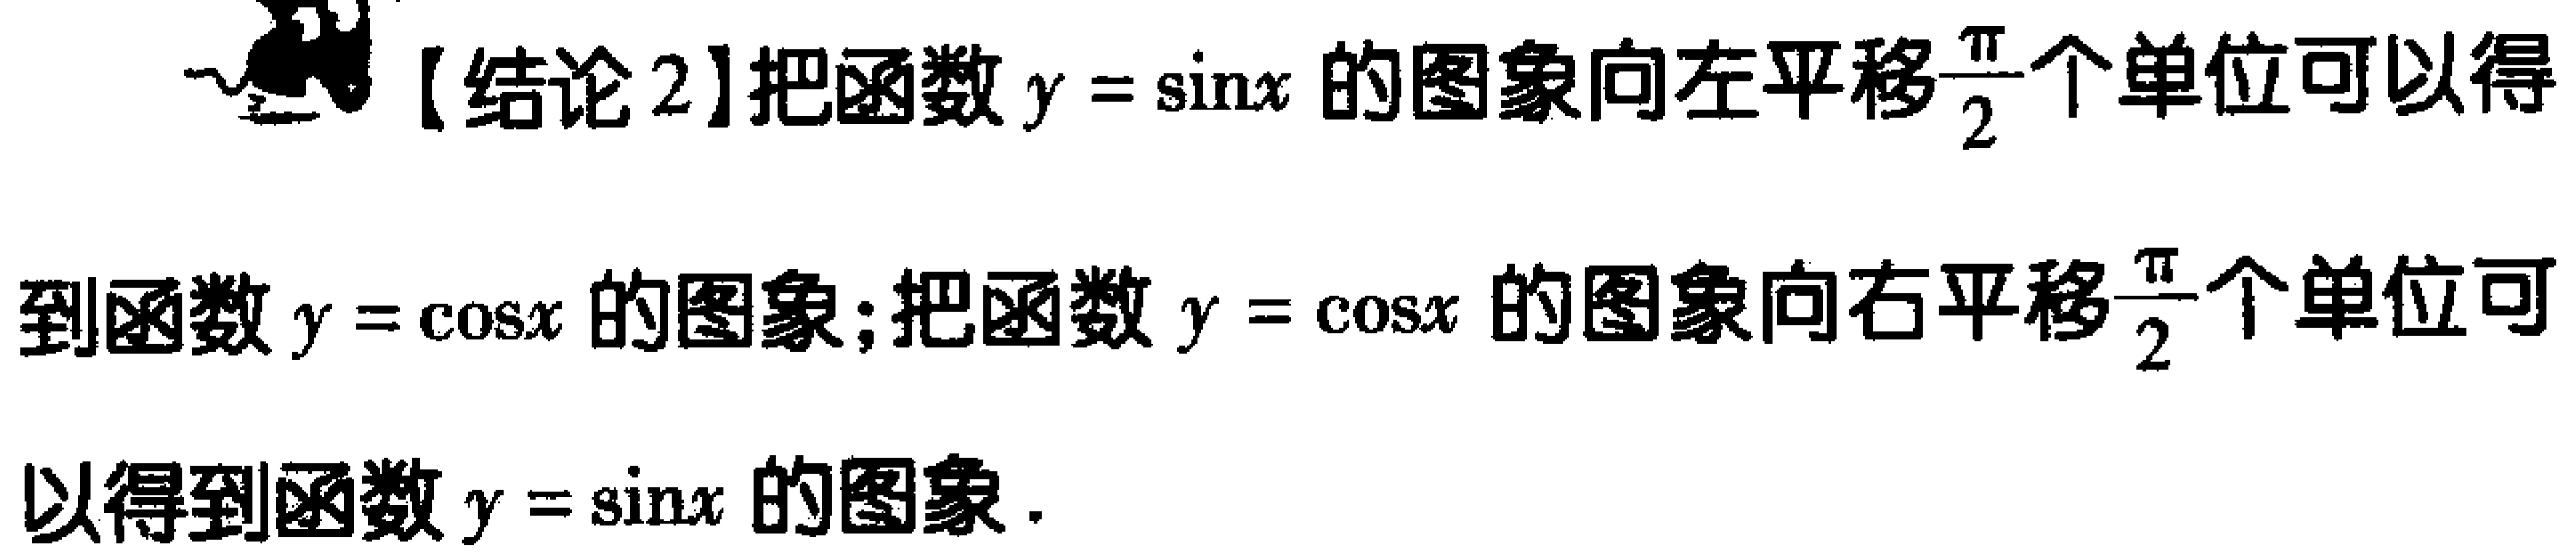
【结论2】把函数\(y = \sin x\)的图象向左平移\(\frac{\pi}{2}\)个单位可以得到函数\(y = \cos x\)的图象；把函数\(y = \cos x\)的图象向右平移\(\frac{\pi}{2}\)个单位可以得到函数\(y = \sin x\)的图象.